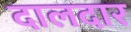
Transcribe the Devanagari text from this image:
दालदार